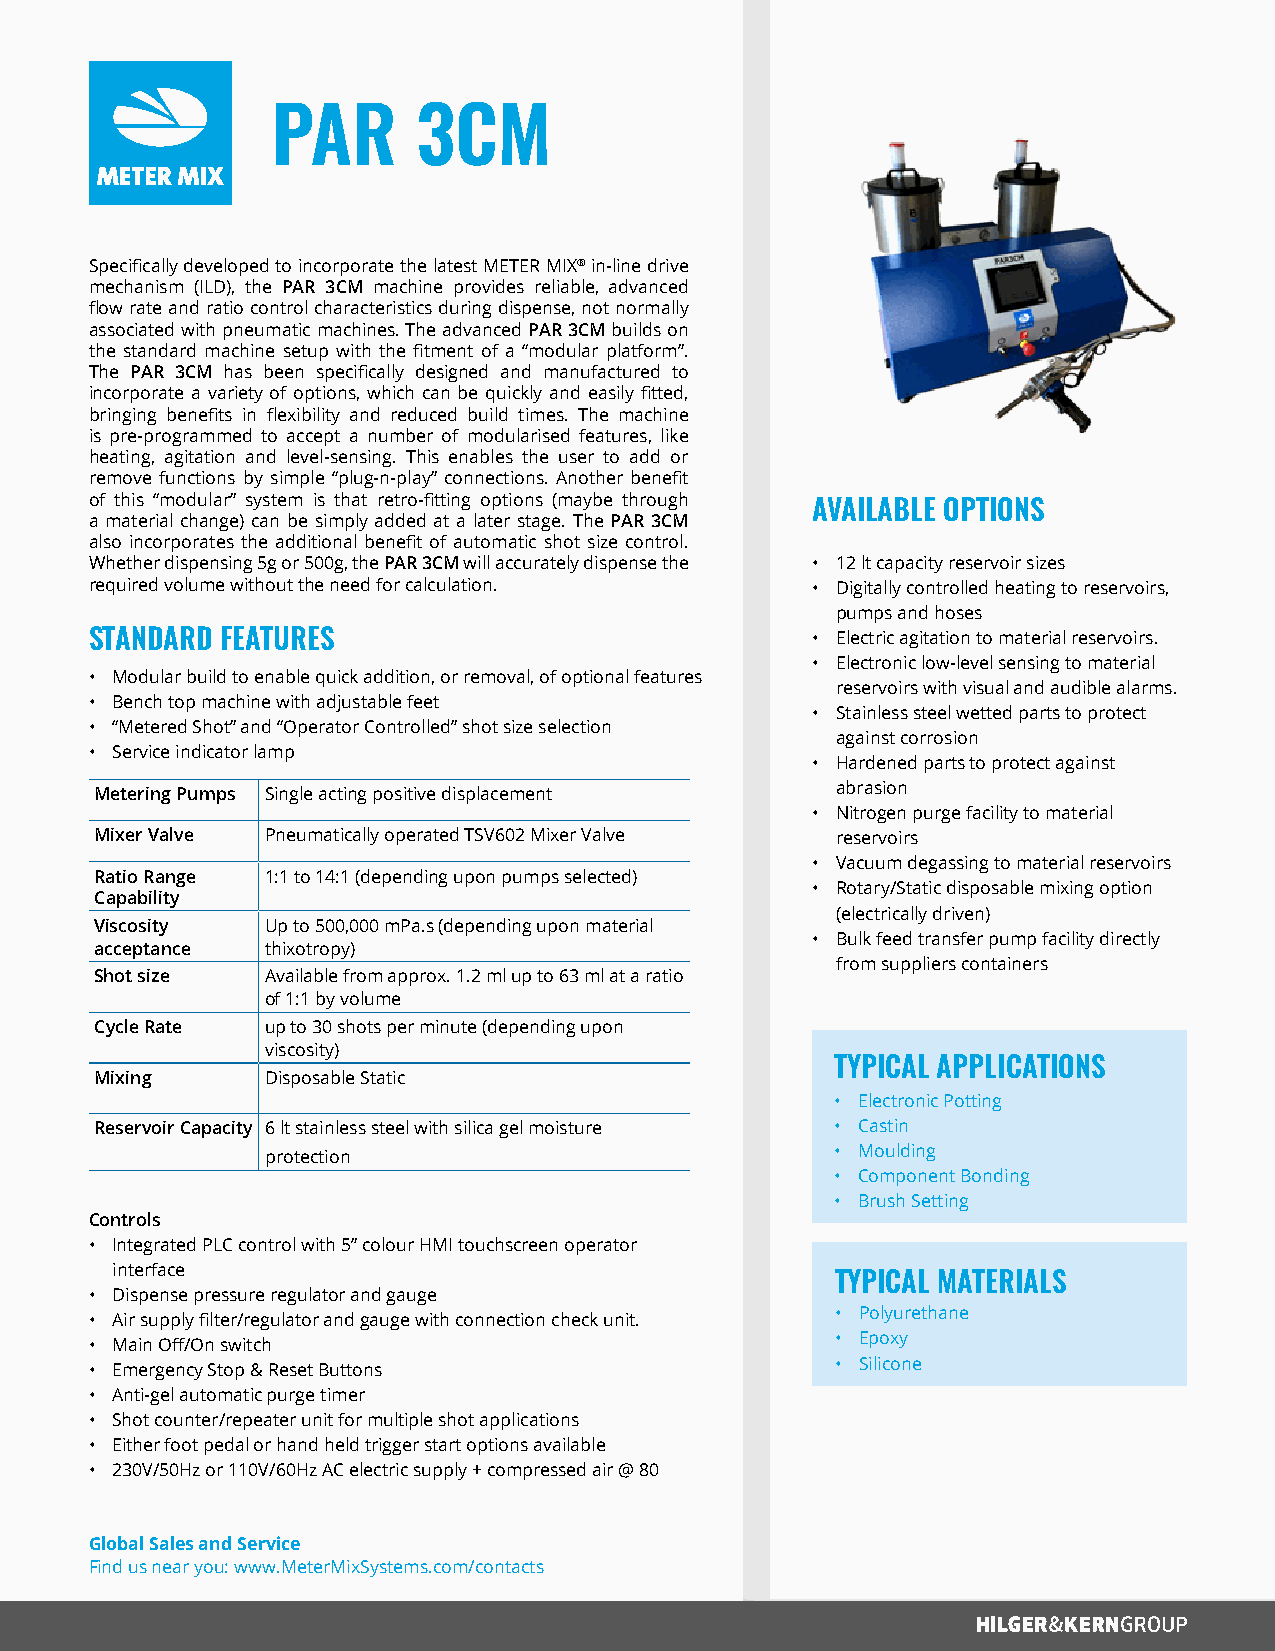
PAR       3CM
 Specifically developed to incorporate the latest METER MIX® in-line drive
 mechanism (ILD), the PAR 3CM machine provides reliable, advanced
 flow rate and ratio control characteristics during dispense, not normally
 associated with pneumatic machines. The advanced PAR 3CM builds on
 the standard machine setup with the fitment of a “modular platform”.
 The PAR 3CM has been specifically designed and manufactured to
 incorporate a variety of options, which can be quickly and easily fitted,
 bringing benefits in flexibility and reduced build times. The machine
 is pre-programmed to accept a number of modularised features, like
 heating, agitation and level-sensing. This enables the user to add or
 remove functions by simple “plug-n-play” connections. Another benefit
 of this “modular” system is that retro-fitting options (maybe through
 AVAILABLE OPTIONS
 a material change) can be simply added at a later stage. The PAR 3CM
 also incorporates the additional benefit of automatic shot size control.
 Whether dispensing 5g or 500g, the PAR 3CM will accurately dispense the • 12 lt capacity reservoir sizes
 required volume without the need for calculation. • Digitally controlled heating to reservoirs,
 pumps and hoses
 STANDARD FEATURES                               • Electric agitation to material reservoirs.
 • Electronic low-level sensing to material
 • Modular build to enable quick addition, or removal, of optional features
 reservoirs with visual and audible alarms.
 • Bench top machine with adjustable feet
 • Stainless steel wetted parts to protect
 • “Metered Shot” and “Operator Controlled” shot size selection
 against corrosion
 • Service indicator lamp
 • Hardened parts to protect against
 Metering Pumps Single acting positive displacement abrasion
 • Nitrogen purge facility to material
 Mixer Valve Pneumatically operated TSV602 Mixer Valve reservoirs
 • Vacuum degassing to material reservoirs
 Ratio Range 1:1 to 14:1 (depending upon pumps selected)
 • Rotary/Static disposable mixing option
 Capability
 (electrically driven)
 Viscosity   Up to 500,000 mPa.s (depending upon material
 • Bulk feed transfer pump facility directly
 acceptance  thixotropy)
 from suppliers containers
 Shot size   Available from approx. 1.2 ml up to 63 ml at a ratio
 of 1:1 by volume
 Cycle Rate  up to 30 shots per minute (depending upon
 viscosity)
 TYPICAL APPLICATIONS
 Mixing      Disposable Static
 • Electronic Potting
 Reservoir Capacity 6 lt stainless steel with silica gel moisture • Castin
 • Moulding
 protection
 • Component Bonding
 • Brush Setting
 Controls
 • Integrated PLC control with 5” colour HMI touchscreen operator
 interface
 TYPICAL MATERIALS
 • Dispense pressure regulator and gauge
 • Polyurethane
 • Air supply filter/regulator and gauge with connection check unit.
 • Epoxy
 • Main Off/On switch
 • Silicone
 • Emergency Stop & Reset Buttons
 • Anti-gel automatic purge timer
 • Shot counter/repeater unit for multiple shot applications
 • Either foot pedal or hand held trigger start options available
 • 230V/50Hz or 110V/60Hz AC electric supply + compressed air @ 80
 Global Sales and Service
 Find us near you: www.MeterMixSystems.com/contacts